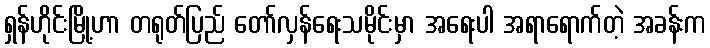
ရှန်ဟိုင်းမြို့ဟာ တရုတ်ပြည် တော်လှန်ရေးသမိုင်းမှာ အရေးပါ အရာရောက်တဲ့ အခန်းက